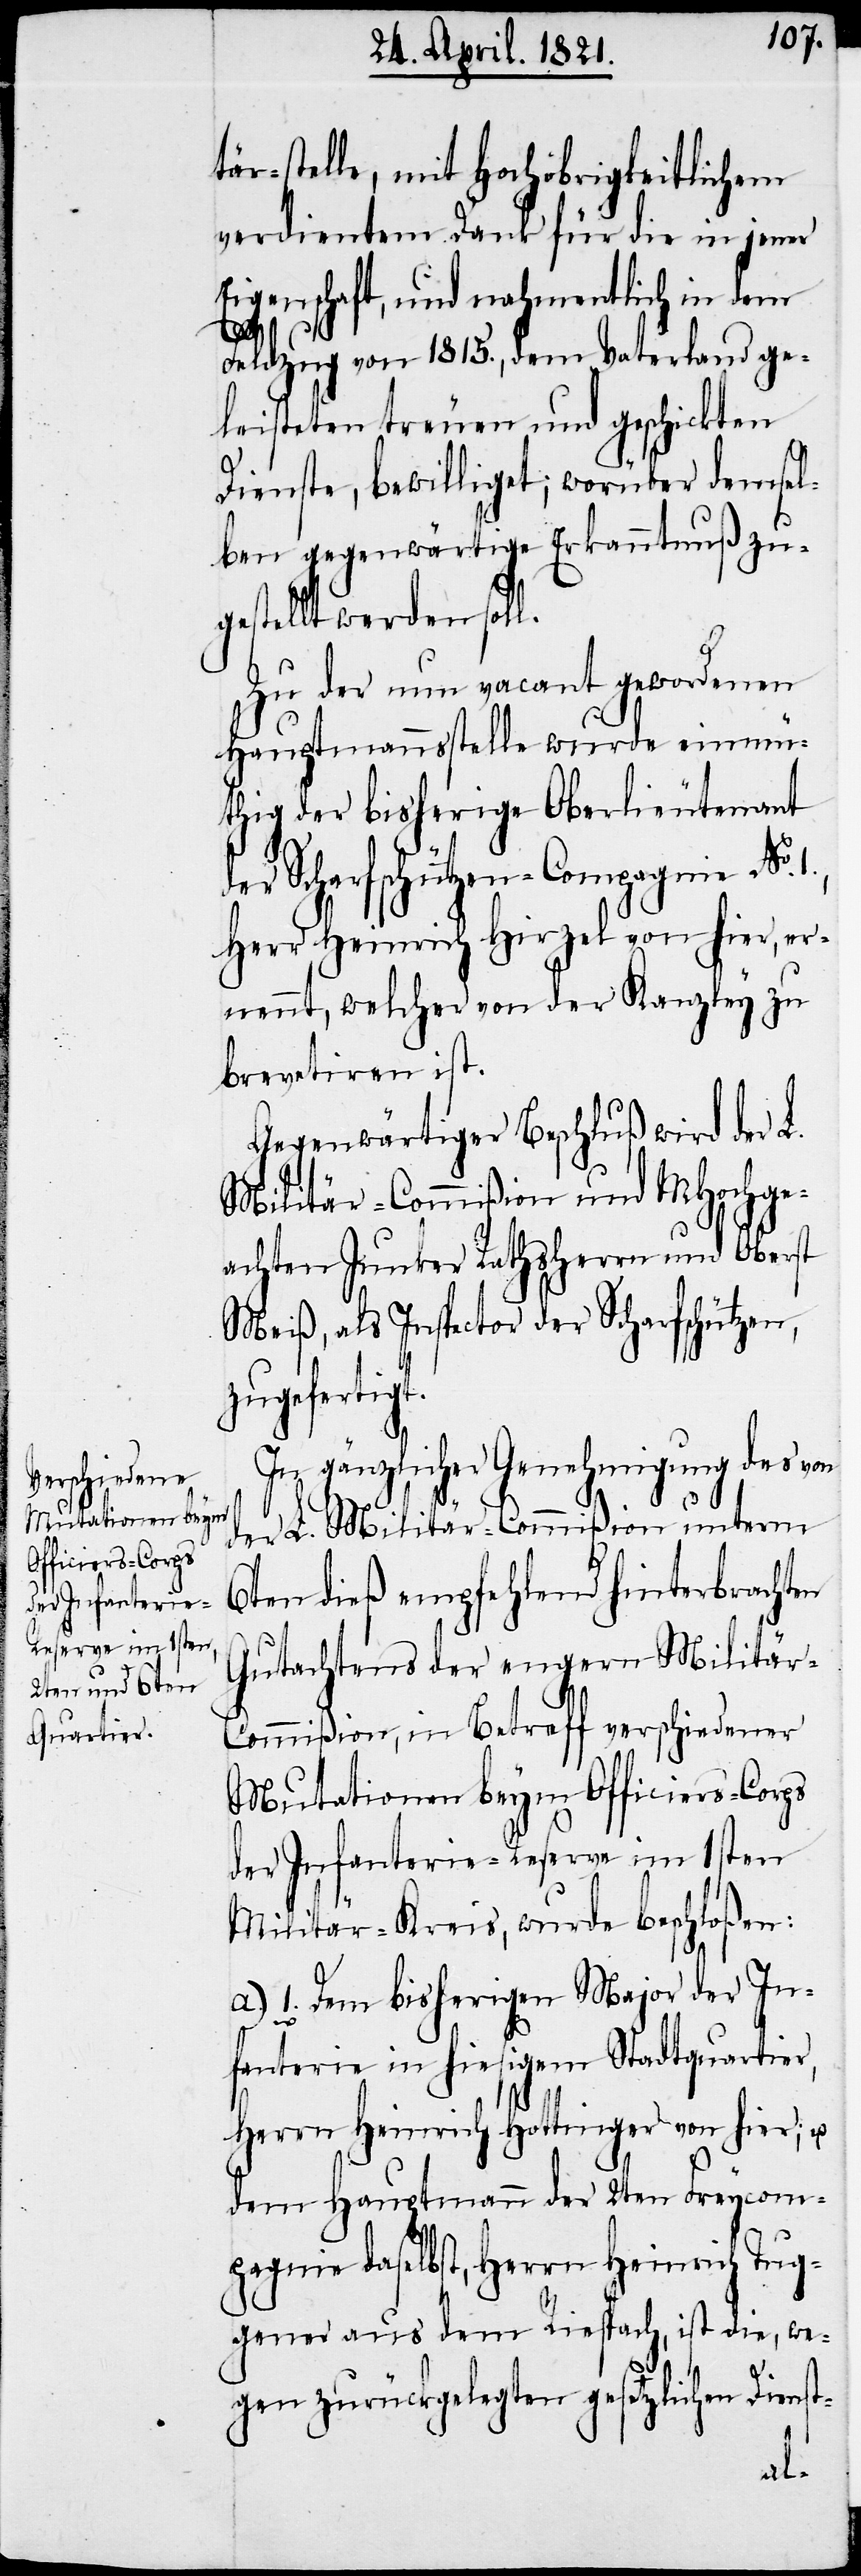
Mutationen beym
Officiers-Corps

tär-Stelle, mit Hochobrigkeitlichem
verdientem Dank für die in jener
Eigenschaft, und nahmentlich in dem
Feldzug von 1815., dem Vaterland ge¬
leisteten treuen und geschickten
Dienste, bewilliget; worüber demsel¬
ben gegenwärtige Erkanntnuß zu¬
gestellt werden soll.
Zu der nun vacant gewordenen
Hauptmannstelle wurde einmü¬
thig der bisherige Oberlieutenant
der Scharfschützen-Compagnie No.
Herr Heinrich Hirzel von hier, er¬
nennt, welcher von der Kanzley zu
brevetiren ist.
Gegenwärtiger Beschluß wird der L.
Militär-Commißion und MHochge¬
achten Junker Rathsherrn und Oberst
Meiß, als Inspector der Scharfschützen,
zugefertigt.
In gänzlicher Genehmigung des von
der L. Militär-Commißion unterm
6ten dieß empfehlend hinterbrachten
Gutachtens der engern Militär-C¬
ommißion, in Betreff verschiedener
der Infanterie-Reserve im 1sten
Militär-Kreis, wurde beschloßen:
a.) 1. Dem bisherigen Major der In¬
fanterie in hiesigem Stadtquartier,
Herrn Heinrich Hottinger von hier; u.
dem Hauptmann der 2ten Freycom¬
pagnie daselbst, Herrn Heinrich Tug¬
gener aus dem Riespach, ist die, we¬
gen zurückgelegten gesetzlichen Dienst-